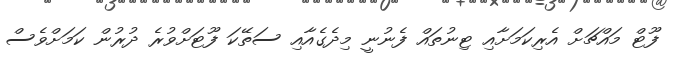
ފޫޓް މައްޗަށް އެރިކަމަށާއި ޓިނުތައް ފެނުނީ މިދެގެއާއި ސަތޭކަ ފޫޓަށްވުރެ ދުރުން ކަމަށްވެސް